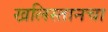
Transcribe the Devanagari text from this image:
खलिस्तानचा